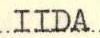
IIDA